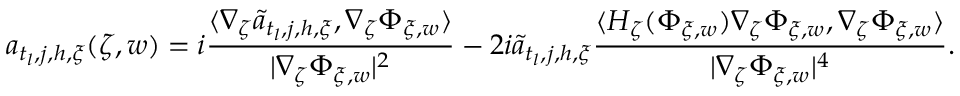
a _ { t _ { l } , j , h , \xi } ( \zeta , w ) = i \frac { \langle \nabla _ { \zeta } \tilde { a } _ { t _ { l } , j , h , \xi } , \nabla _ { \zeta } \Phi _ { \xi , w } \rangle } { | \nabla _ { \zeta } \Phi _ { \xi , w } | ^ { 2 } } - 2 i \tilde { a } _ { t _ { l } , j , h , \xi } \frac { \langle H _ { \zeta } ( \Phi _ { \xi , w } ) \nabla _ { \zeta } \Phi _ { \xi , w } , \nabla _ { \zeta } \Phi _ { \xi , w } \rangle } { | \nabla _ { \zeta } \Phi _ { \xi , w } | ^ { 4 } } .